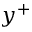
y ^ { + }